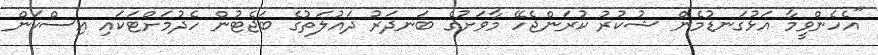
"އެހެންވީމާ އަޅުގަނޑުމެން ޝުކުރު ކުރަންޖެހޭ މާވަށުގެ ބަނދަރު ދައުލަތުގެ ބަޖެޓުން ހެދުމަށްޓަކައި އިސްކަން